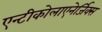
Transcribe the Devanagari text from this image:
एन्टीकोलाएनेर्जिक्स